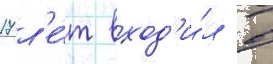
17 л'е́т вход'и́л в